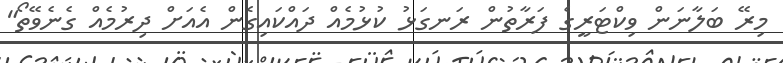
މިރޭ ބަލާނަން ވިކްޓަރީގެ ފަރާތުން ރަނގަޅު ކުޅުމެއް ދައްކައިގެން އެއަށް ދިރުމެއް ގެނެވޭތޯ"